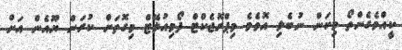
ކީއްވެގެންތޯ މިކަން ނުބެލި އޮވެމެ މިޕްރޮޖެކްޓް ފޯމިއުލޭޓް މިގޮތަށް ކުރަން ޔޫއެން އަށް